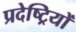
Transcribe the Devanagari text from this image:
प्रदेष्ट्रियों